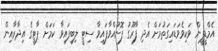
އެމްޑީޕީން ވަކިވެވަޑައިގަތުމަށް އެދި ފާރޫގު ފޮނުއްވާފައިވާ ސިޓީ ލިބިފައިވާ ކަމަށް ޕާޓީގެ އިދާރާއިން